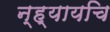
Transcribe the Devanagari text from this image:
न्ह्यायचि